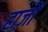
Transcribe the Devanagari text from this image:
हाज़ों